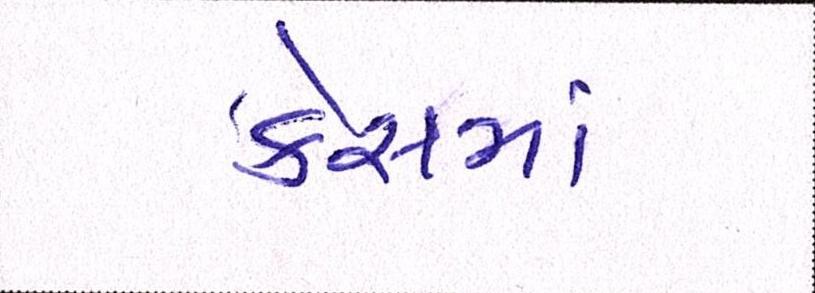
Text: કેસમાં